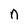
Character: n